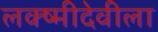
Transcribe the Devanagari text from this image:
लक्ष्मीदेवीला